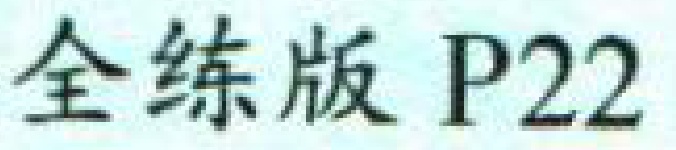
全练版 P22